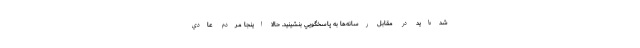
شده‌ايد در مقابل رسانه‌ها به پاسخگويي بنشينيد. حالا اينجا مردم عادي